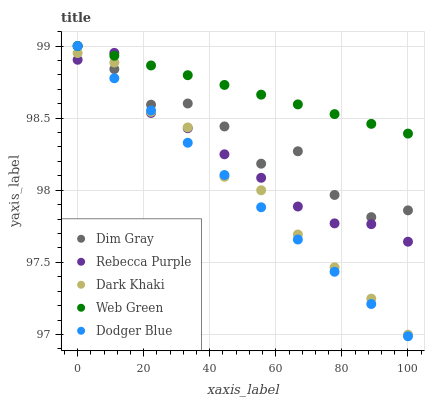
| xaxis_label | Dim Gray | Rebecca Purple | Dark Khaki | Web Green | Dodger Blue |
 | --- | --- | --- | --- | --- | --- |
 | 0 | 99 | 98.9 | 99 | 99 | 99 |
 | 11.1 | 98.8 | 99 | 98.9 | 98.9 | 98.8 |
 | 22.2 | 98.6 | 98.5 | 98.5 | 98.9 | 98.6 |
 | 33.3 | 98.6 | 98.4 | 98.4 | 98.8 | 98.3 |
 | 44.4 | 98.4 | 98.2 | 98.1 | 98.7 | 98.1 |
 | 55.6 | 98.2 | 98.1 | 98 | 98.7 | 97.9 |
 | 66.7 | 98.3 | 97.9 | 97.7 | 98.6 | 97.7 |
 | 77.8 | 98 | 97.8 | 97.5 | 98.5 | 97.4 |
 | 88.9 | 97.8 | 97.8 | 97.2 | 98.5 | 97.2 |
 | 100 | 97.9 | 97.6 | 97 | 98.4 | 97 |